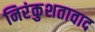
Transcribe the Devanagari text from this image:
निरंकुशतावाद